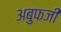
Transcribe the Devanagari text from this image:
अबुफजी